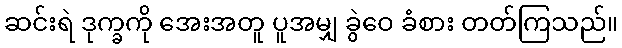
ဆင်းရဲ ဒုက္ခကို အေးအတူ ပူအမျှ ခွဲဝေ ခံစား တတ်ကြသည်။